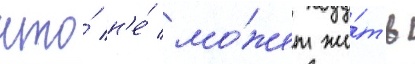
что́ н'е́ мо́жет жи́ть